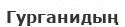
Гурганидың